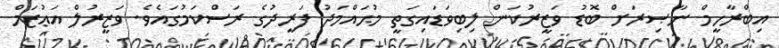
އިބްރާހީމް ނާޞިރަށް ބޮޑު ވަޒީރުކަން ލިބިވަޑައިގަތީ މުޙައްމަދު ފަރީދުގެ ރަސްކަމުގައެވެ. ވަޒީރުލް އަޢުޒަމް